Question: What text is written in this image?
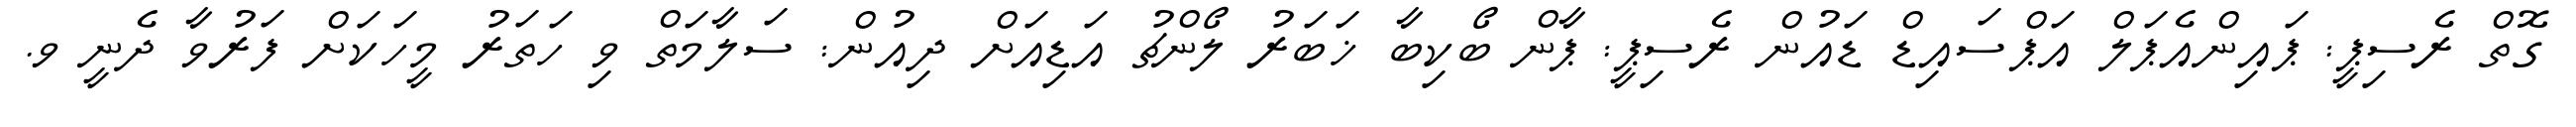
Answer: ގޮތް ރެސިޕީ: ޕައިންއެޕަލް އަޕްސައިޑް ޑައުން ރެސިޕީ: ޕާން ބޯކިބާ ޚަބަރު ލޯންޗު އަޑިއަށް ދިއުން: ސަލާމަތް ވި ހަތަރު މީހަކަށް ފަރުވާ ދެނީ ވ.